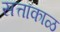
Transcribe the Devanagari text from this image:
सत्ताकाळ